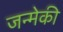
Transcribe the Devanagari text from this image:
जन्मेकी